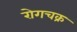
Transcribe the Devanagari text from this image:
रोगचक्र